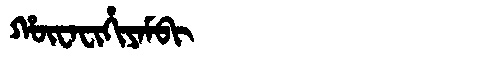
Manchu: ᡥᡡᠸᠠᠸᡳᡥᡳᠶᠠᠮᠪᡳ
Romanization: HŪWAFIHIYAMBI